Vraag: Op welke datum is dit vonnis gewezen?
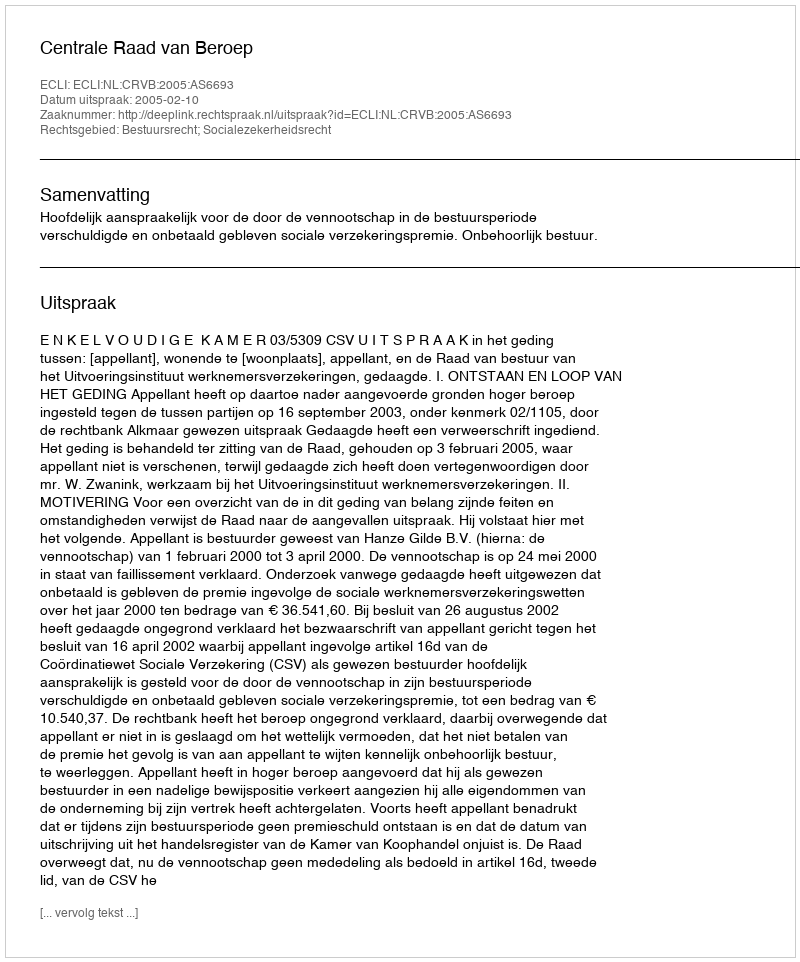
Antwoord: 2005-02-10